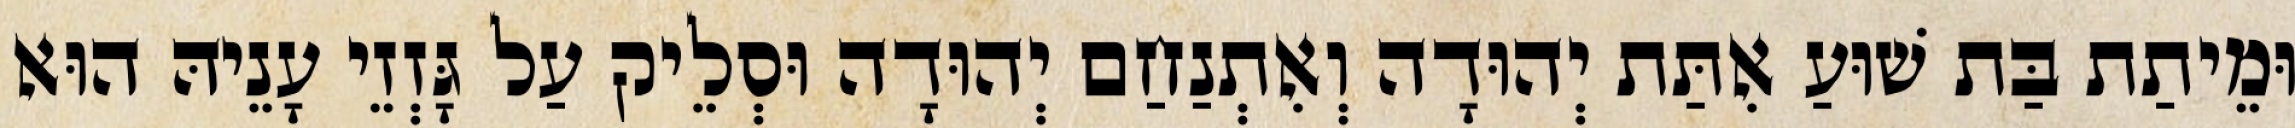
וּמֵיתַת בַּת שׁוּעַ אִתַּת יְהוּדָה וְאִתְנַחַם יְהוּדָה וּסְלֵיק עַל גָּזְזֵי עָנֵיהּ הוּא